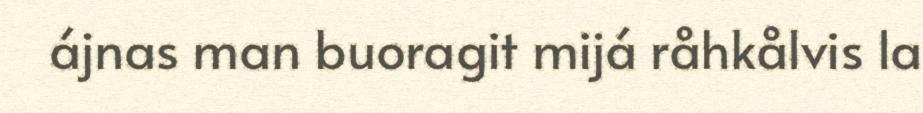
ájnas man buoragit mijá råhkålvis la